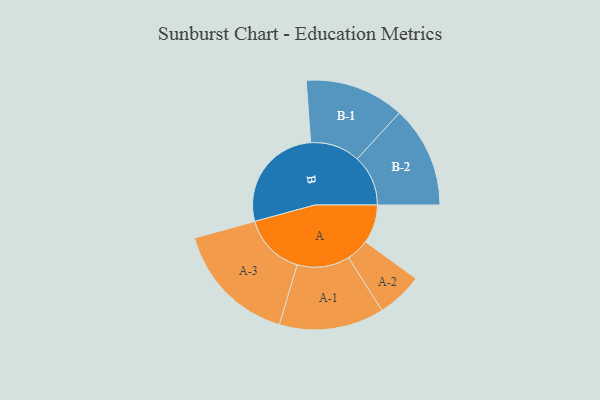
{"axis": {"x": "Segment", "y": "Value"}, "legend": ["", "A", "B"], "data": [{"x": "A", "y": 170, "type": ""}, {"x": "B", "y": 477, "type": ""}, {"x": "A-1", "y": 231, "type": "A"}, {"x": "A-2", "y": 101, "type": "A"}, {"x": "A-3", "y": 274, "type": "A"}, {"x": "B-1", "y": 219, "type": "B"}, {"x": "B-2", "y": 224, "type": "B"}]}